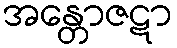
အန္တောဇဋာ